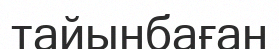
тайынбаған